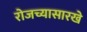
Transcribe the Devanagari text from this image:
रोजच्यासारखे